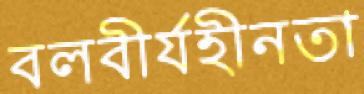
বলবীর্যহীনতা